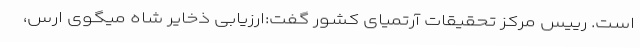
است. رییس مرکز تحقیقات آرتمیای کشور گفت:ارزیابی ذخایر شاه میگوی ارس،